Account of plague administration in the Bombay Presidency from September 1896 till May 1897
Year: 1896
Disease focus: Plague
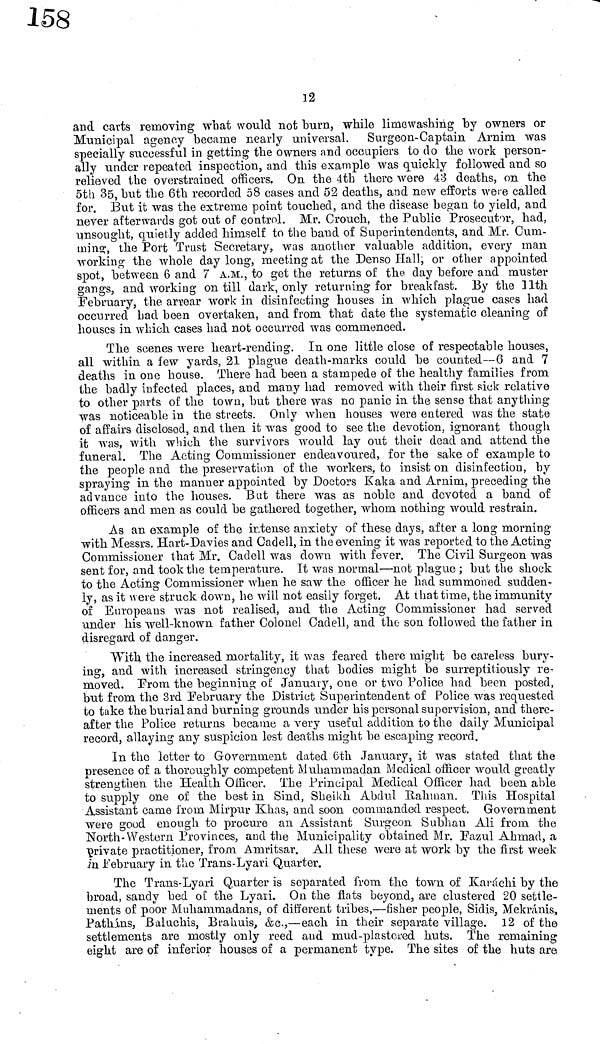
12
and carts removing what would not burn, while limo washing by owners or
Municipal agency became nearly universal. Surgeon-Captain Arnim was
specially successful in getting the owners and occupiers to do the work person-
ally under repeated inspection, and this example was quickly followed and so
relieved the overstrained officers. On the 4th there were 43 deaths, on the
5th 35, but the 6th recorded 58 cases and 52 deaths, and new efforts were called
for. But it was the extreme point touched, and the disease began to yield, and
never afterwards got out of control. Mr. Crouch, the Public Prosecutor, had,
unsought, quietly added himself to the baud of Superintendents, and Mr. Cum-
ming, the Port Trust Secretary, was another valuable addition, every man
working the whole day long, meeting at the Denso Hall, or other appointed
spot, between 6 and 7 A.M., to get the returns of the day before and muster
gangs, and working on till dark, only returning for breakfast. By the 11th
February, the arrear work in disinfecting houses in which plague cases had
occurred had been overtaken, and from that date the systematic cleaning of
houses in which cases had not occurred was commenced.
The scenes were heart-rending. In one little close of respectable houses,
all within a few yards, 21 plague death-marks could be counted—6 and 7
deaths in one house. There had been a stampede of the healthy families from
the badly infected places, and many had removed with their first sick relative
to other parts of the town, but there was no panic in the sense that anything
was noticeable in the streets. Only when houses were entered was the state
of affairs disclosed, and then it was good to see the devotion, ignorant though
it was, with which the survivors would lay out their dead and attend the
funeral. The Acting Commissioner endeavoured, for the sake of example to
the people and the preservation of the workers, to insist on disinfection, by
spraying in the manner appointed by Doctors Kaka and Arnim, preceding the
advance into the houses. But there was as noble and devoted a band of
officers and men as could be gathered together, whom nothing would restrain.
As an example of the ir.tense anxiety of these days, after a long morning
with Messrs. Hart-Davies and Cadell, in the evening it was reported to the Acting
Commissioner that Mr. Cadell was down with fever. The Civil Surgeon was
sent for, and took the temperature. It was normal—not plague ; but the shock
to the Acting Commissioner when he saw the officer he had summoned sudden-
ly, as it were struck down, he will not easily forget, At that time, the immunity
of Europeans was not realised, and the Acting Commissioner had served
under his well-known father Colonel Cadell, and the son followed the father in
disregard of danger.
With the increased mortality, it was feared there might be careless bury-
ing, and with increased stringency that bodies might be surreptitiously re-
moved. From the beginning of January, one or two Police had been, posted,
but from the 3rd February the District Superintendent of Police was requested
to take the burial and burning grounds under his personal supervision, and there-
after the Police returns became a very useful addition to the daily Municipal
record, allaying any suspicion lest deaths might be escaping record.
In the letter to Government dated 6th January, it was stated that the
presence of a thoroughly competent Muhammadan Medical officer would greatly
strengthen the Health Officer. The Principal Medical Officer had been able
to supply one of the best in Sind, Sheikh Abdul Rahman. This Hospital
Assistant came from Mirpur Khas, and soon commanded respect. Government
were good enough to procure an Assistant Surgeon Subhan Ali from the
North-Western Provinces, and the Municipality obtained Mr. Fazul Ahmad, a
private practitioner, from Amritsar. All these were at work by the first week
in February in the Trans-Lyari Quarter.
The Trans-Lyari Quarter is separated from the town of Karachi by the
broad, sandy bed of the Lyari. On the fiats beyond, are clustered 20 settle-
ments of poor Muhammadans, of different tribes,—fisher people, Sidis, Mekranis,
Pathans, Baluchis, Brahuis, &c.,—each in their separate village. 12 of the
settlements are mostly only reed and mud-plastered huts. The remaining
eight are of inferior houses of a permanent type. The sites of the huts are